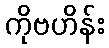
ကိုဗဟိန်း